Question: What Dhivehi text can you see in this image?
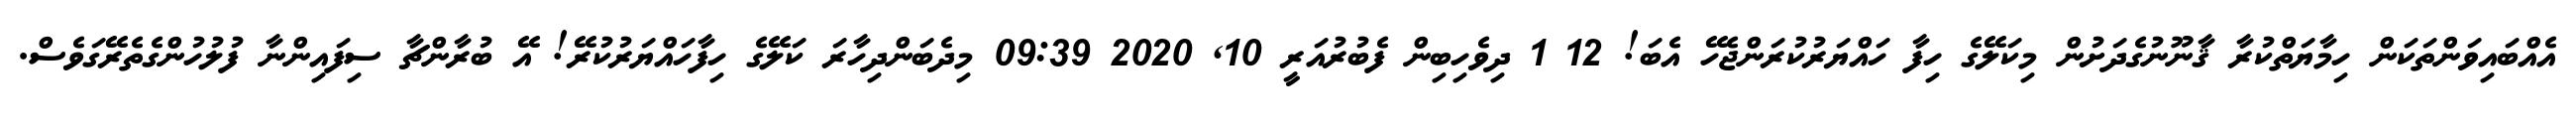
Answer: އެއްބައިވަންތަކަން ހިމާޔަތްކުރާ ޤާނޫނުގެދަށުން މިކަލޭގެ ހިފާ ހައްޔަރުކުރަންޖެހޭ އެބަ! 12 1 ދިވެހިބިން ފެބުރުއަރީ 10, 2020 09:39 މިދެބަންދިހާރަ ކަލޭގެ ހިފާހައްޔަރުކުރޭ! އޭ ބުރާންޗާ ސިފައިންނާ ފުލުހުންގެތެރޭގަވެސް.